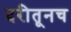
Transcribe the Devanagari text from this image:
दरीतूनच